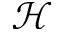
\mathcal { H }